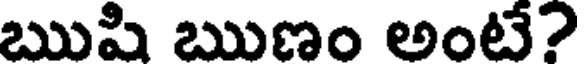
ఋషి ఋణం అంటే?